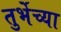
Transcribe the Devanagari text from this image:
तुर्भेच्या